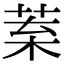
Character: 𦰧